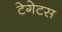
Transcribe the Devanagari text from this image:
टेगेटस